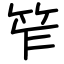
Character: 笮